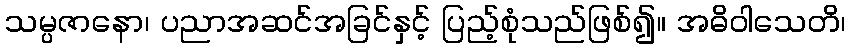
သမ္ပဇာနော၊ ပညာအဆင်အခြင်နှင့် ပြည့်စုံသည်ဖြစ်၍။ အဓိဝါသေတိ၊